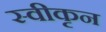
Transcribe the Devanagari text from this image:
स्वीकृन